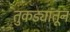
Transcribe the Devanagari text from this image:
तुकड्यांतून